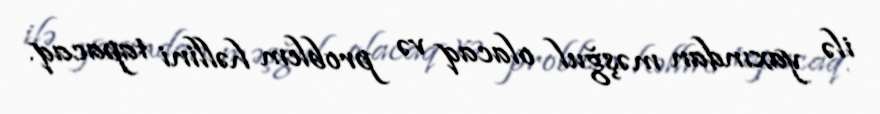
ilə yaxından məşğul olacaq və problem həllini tapacaq.